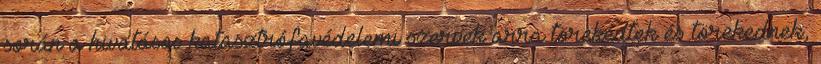
során a hivatásos katasztrófavédelemi szervek arra törekedtek és törekednek,